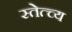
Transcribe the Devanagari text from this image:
स्तेत्च्य